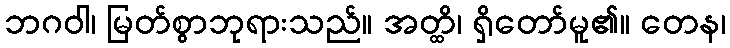
ဘဂဝါ၊ မြတ်စွာဘုရားသည်။ အတ္ထိ၊ ရှိတော်မူ၏။ တေန၊